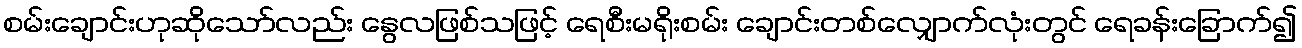
စမ်းချောင်းဟုဆိုသော်လည်း နွေလဖြစ်သဖြင့် ရေစီးမရိုးစမ်း ချောင်းတစ်လျှောက်လုံးတွင် ရေခန်းခြောက်၍